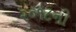
૨૦૧૮ની